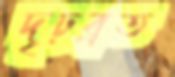
দৃঢ়ব্রত